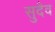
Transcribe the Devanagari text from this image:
सुदैव